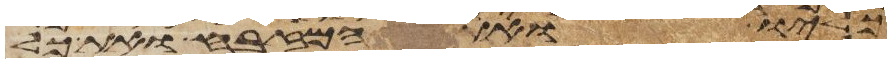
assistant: כליו ואת המזבח ואת כל